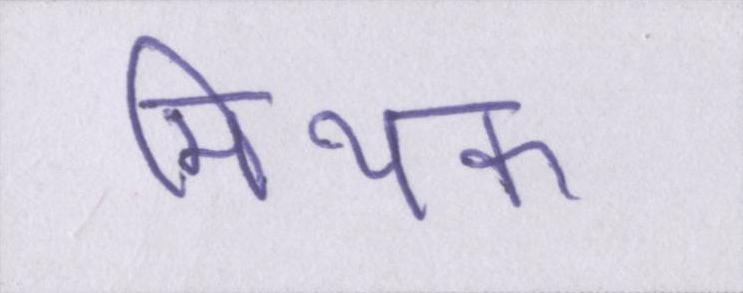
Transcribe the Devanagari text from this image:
मिथक